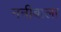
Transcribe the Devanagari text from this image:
ननीबाला